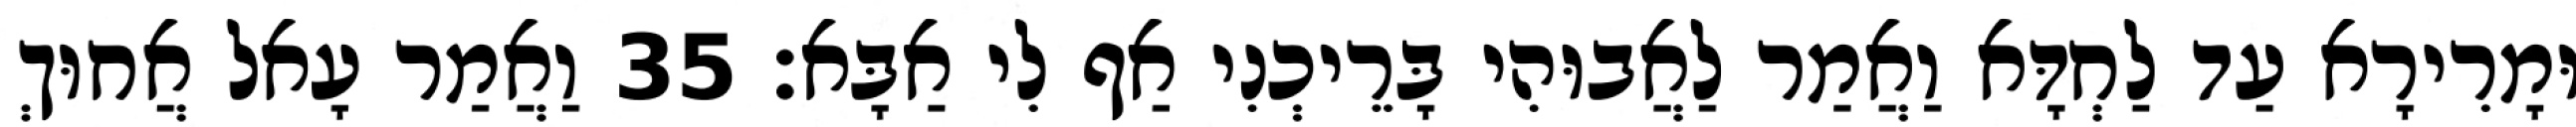
וּמָרִירָא עַד לַחְדָּא וַאֲמַר לַאֲבוּהִי בָּרֵיכְנִי אַף לִי אַבָּא׃ 35 וַאֲמַר עָאל אֲחוּךְ